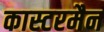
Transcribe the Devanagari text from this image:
कास्टरमैन